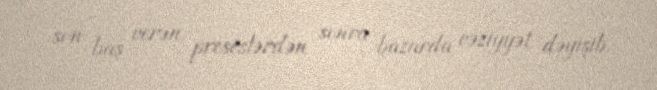
son baş verən proseslərdən sonra bazarda vəziyyət dəyişib.